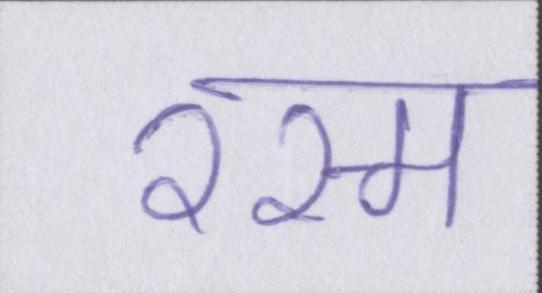
रस्म